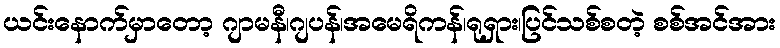
ယင်းနောက်မှာတော့ ဂျာမနီ၊ဂျပန်၊အမေရိကန်၊ရုရှား၊ပြင်သစ်စတဲ့ စစ်အင်အား